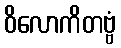
ဝိလောကိတဗ္ဗံ